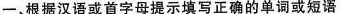
一,根据汉语或首字母提示填写正确的单词或短语